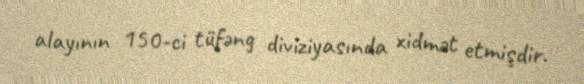
alayının 150-ci tüfəng diviziyasında xidmət etmişdir.